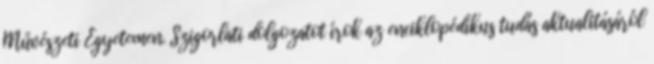
Művészeti Egyetemen. Szigorlati dolgozatot írok az enciklopédikus tudás aktualitásáról